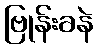
ဗြုန်းခနဲ